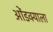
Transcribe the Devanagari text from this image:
ओंडक्याला